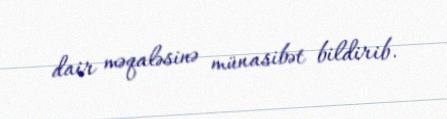
dair məqaləsinə münasibət bildirib.